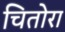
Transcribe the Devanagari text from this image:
चितोरा